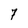
Character: 7